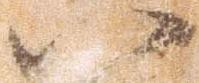
八